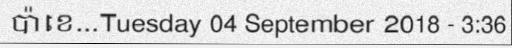
ប៉ាខេ...Tuesday 04 September 2018 - 3:36